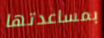
بمساعدتها